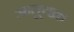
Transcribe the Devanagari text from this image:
ऋतूचक्र